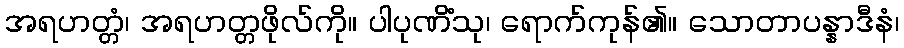
အရဟတ္တံ၊ အရဟတ္တဖိုလ်ကို။ ပါပုဏိံသု၊ ရောက်ကုန်၏။ သောတာပန္နာဒီနံ၊